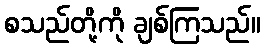
စသည်တို့ကို ချစ်ကြသည်။